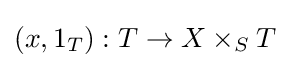
(x,1_{T}):T\to X\times _{S}T